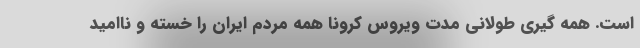
است. همه گیری طولانی مدت ویروس کرونا همه مردم ایران را خسته و ناامید